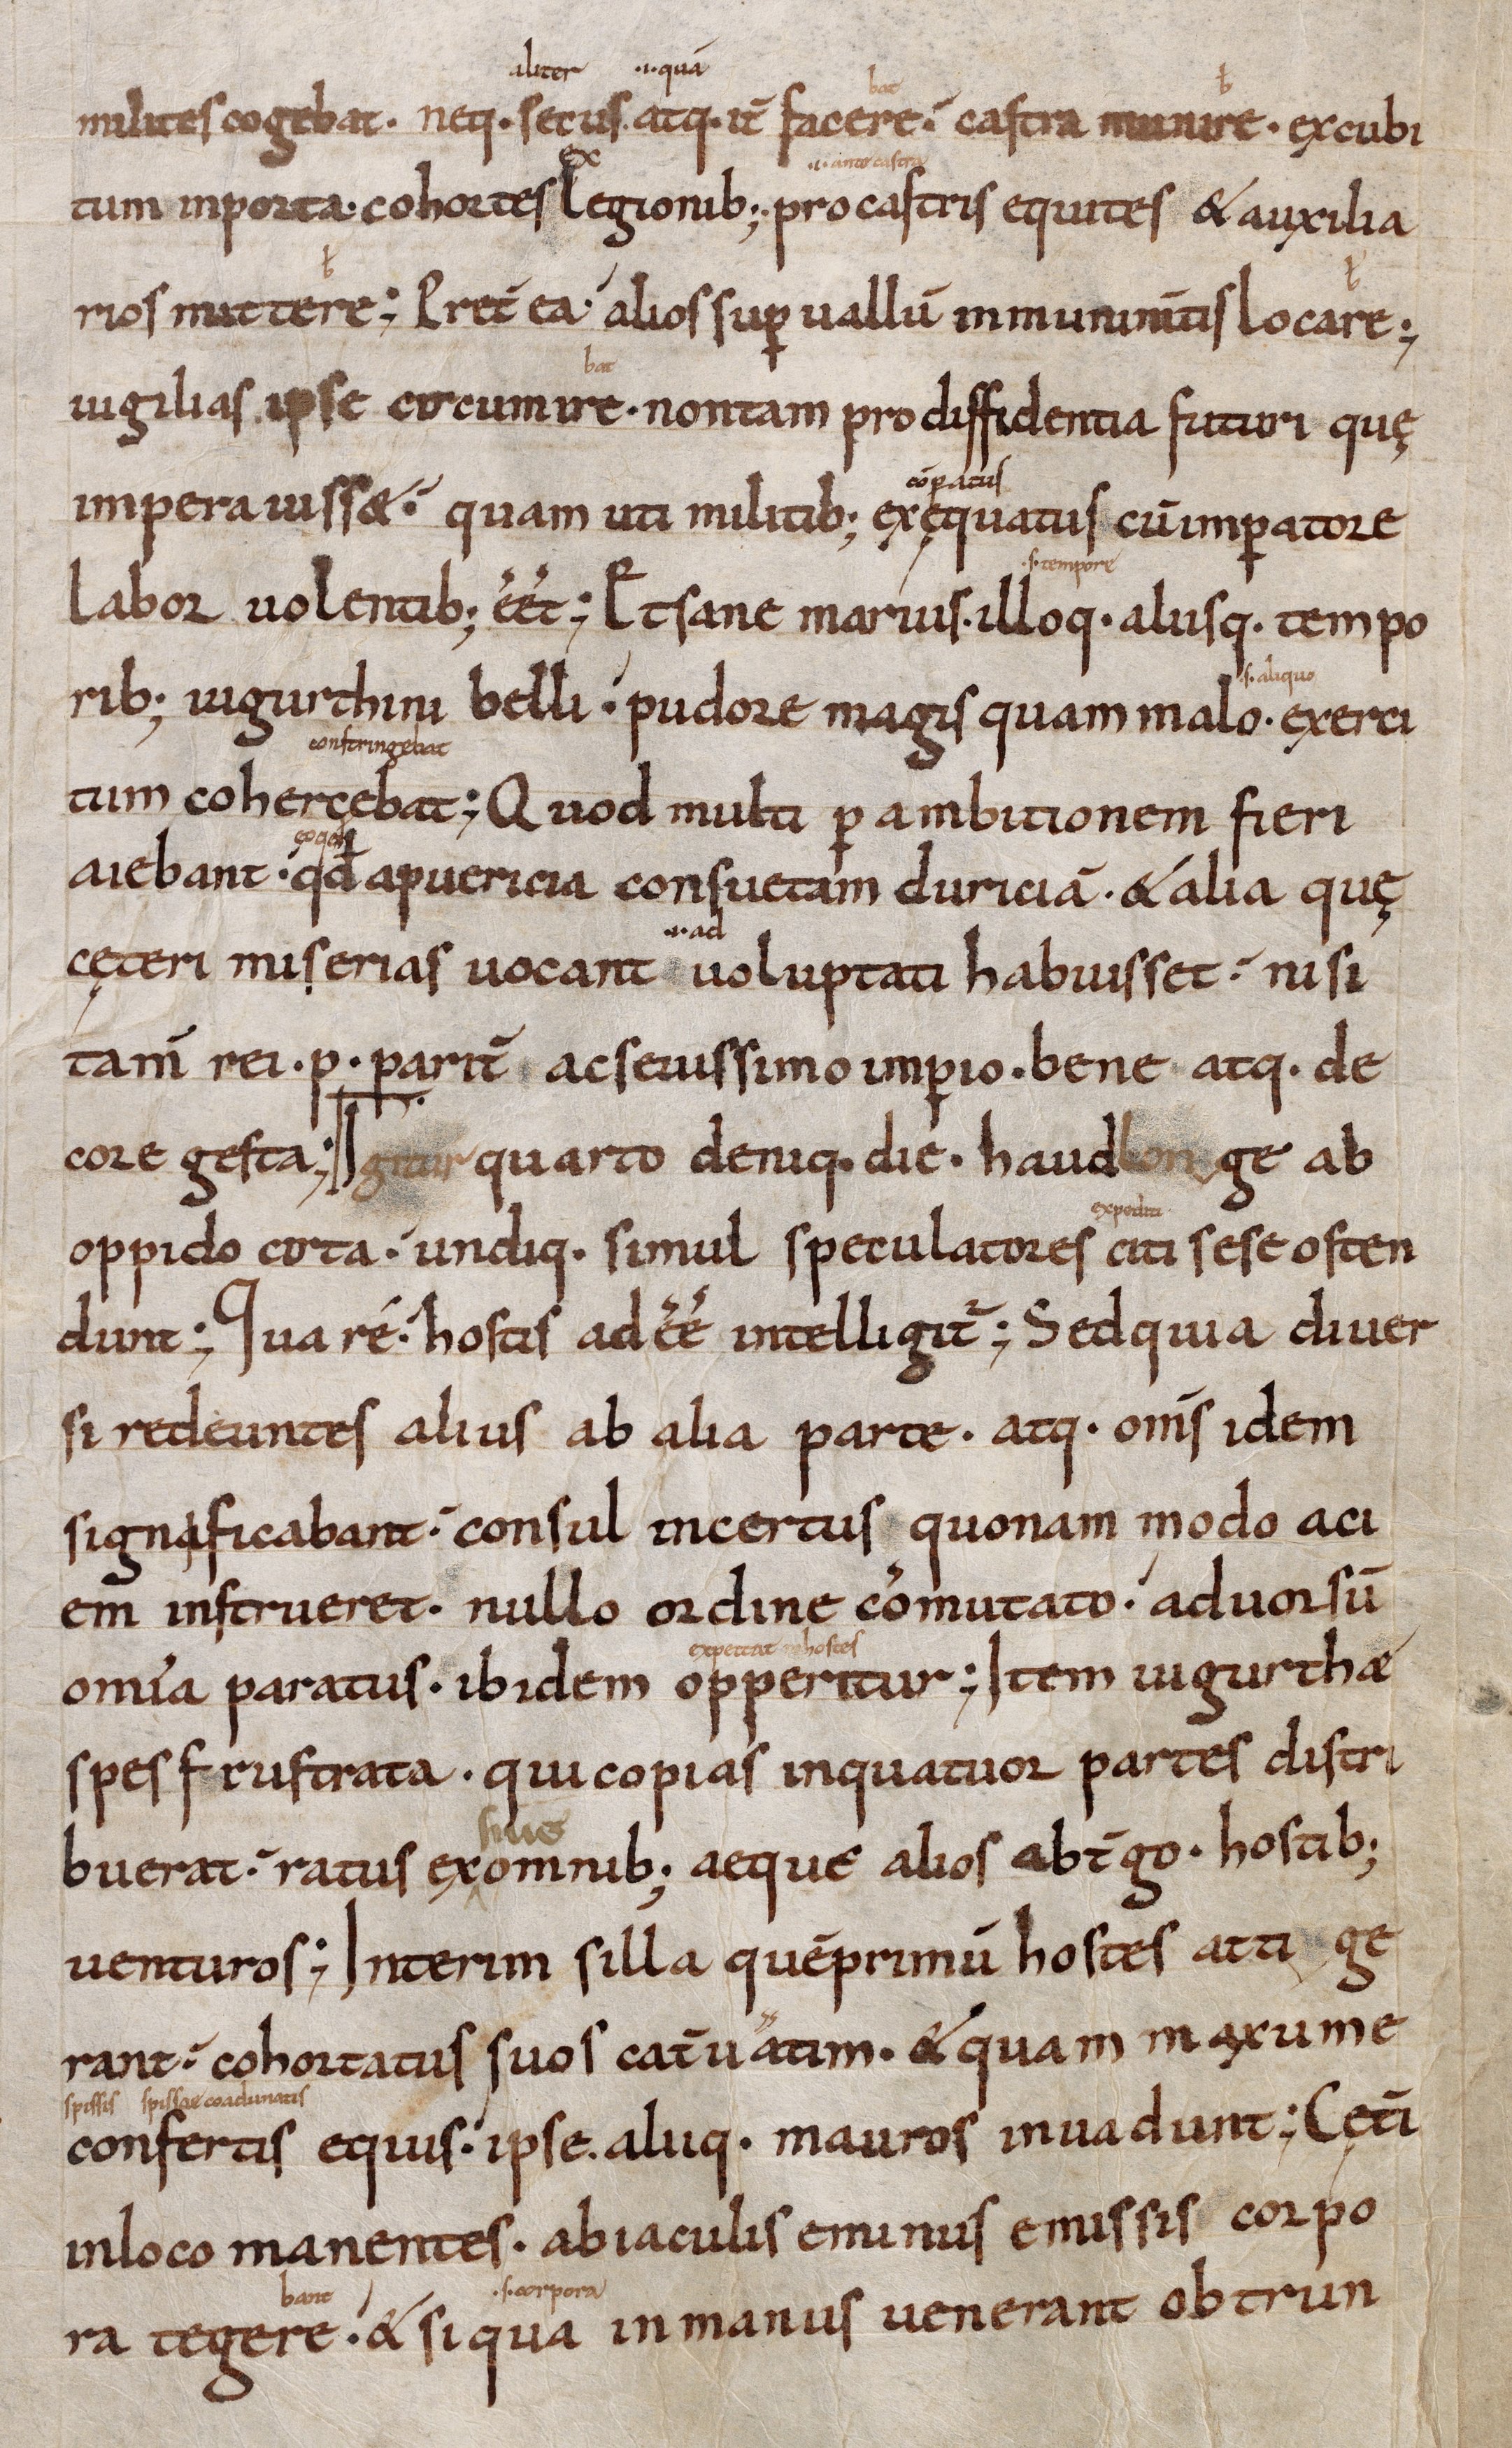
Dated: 1000–1099